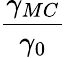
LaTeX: \frac{\gamma_{MC}}{\gamma_{0}}